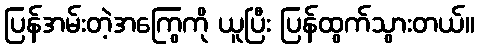
ပြန်အမ်းတဲ့အကြွေကို ယူပြီး ပြန်ထွက်သွားတယ်။